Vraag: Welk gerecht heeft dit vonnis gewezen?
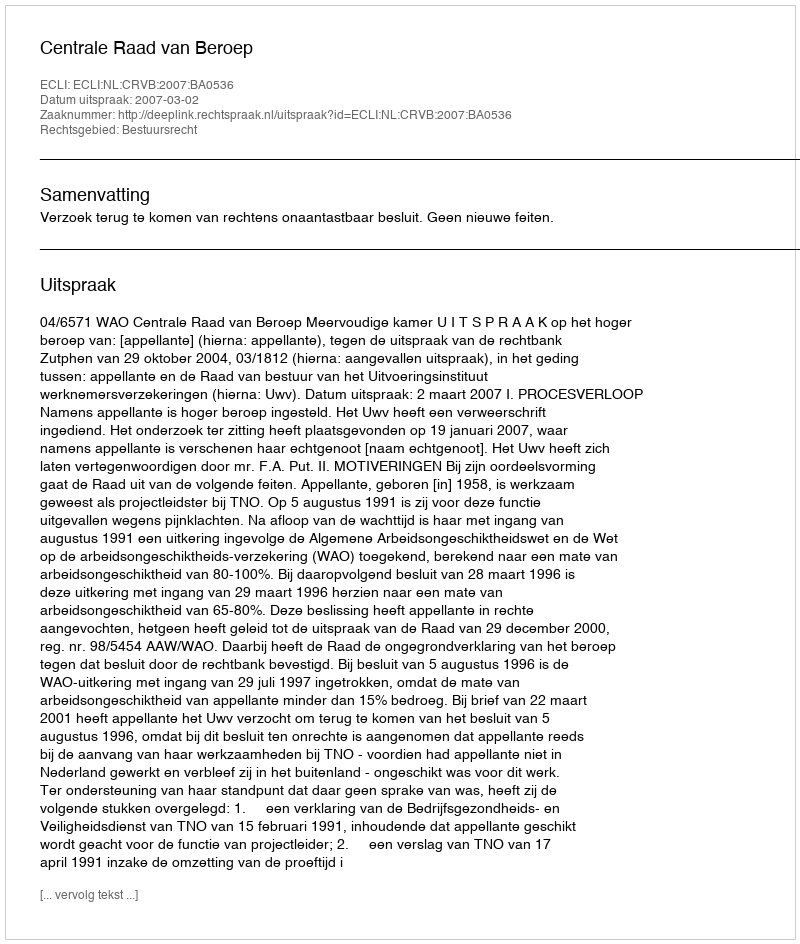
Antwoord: Centrale Raad van Beroep